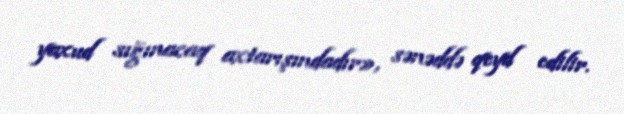
yaxud sığınacaq axtarışındadır», sənəddə qeyd edilir.